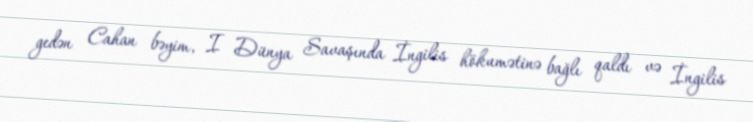
gedən Cahan bəyim, I Dünya Savaşında İngilis hökumətinə bağlı qaldı və İngilis